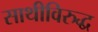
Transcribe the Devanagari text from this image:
साथीविरुद्ध